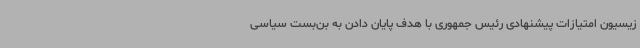
زیسیون امتیازات پیشنهادی رئیس جمهوری با هدف پایان دادن به بن‌بست سیاسی